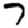
Digit: 7